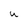
Character: U